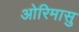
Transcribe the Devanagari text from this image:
ओरिमासु